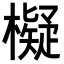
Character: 𣝅